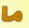
ما